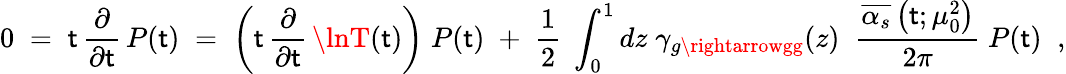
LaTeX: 0\; =\; \mathsf{t}\, \frac{{\partial}}{{\partial\mathsf{t}}}\, P(\mathsf{t})\; =\; \left(\mathsf{t}\, \frac{{\partial}}{{\partial\mathsf{t}}}\, \lnT(\mathsf{t})\right)\; P(\mathsf{t})\; +\; \frac{{1}}{{2}}\; \int_{0}^{1}dz\; \gamma_{g\rightarrowgg}(z)\; \; \frac{{\overline{{{{\alpha_{s}}}}}\left(\mathsf{t};\mu_{0}^{2}\right)}}{{2\pi}}\; P(\mathsf{t})\; \; ,